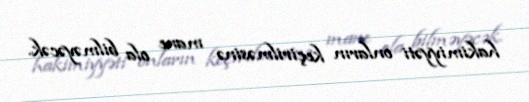
hakimiyyəti onların keçirilməsinə mane ola bilməyəcək.